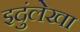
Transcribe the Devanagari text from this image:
इदुंलेखा